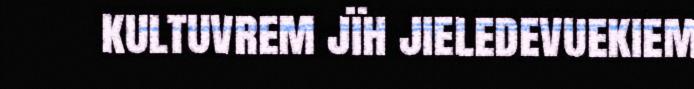
kultuvrem jïh jieledevuekiem